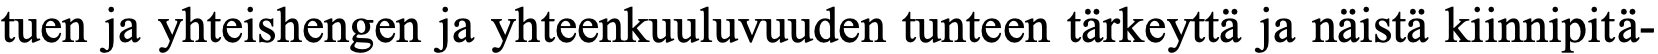
tuen ja yhteishengen ja yhteenkuuluvuuden tunteen tärkeyttä ja näistä kiinnipitä-